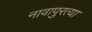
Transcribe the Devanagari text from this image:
नावापुरत्या